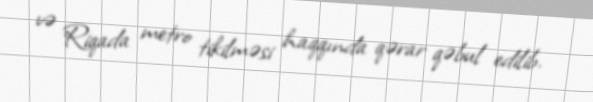
və Riqada metro tikilməsi haqqında qərar qəbul edilib.